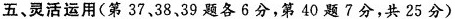
五、灵活运用(第37.38，39题各θ分，第40题7分，共25分)